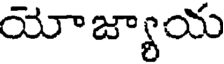
యోజ్యాయ